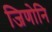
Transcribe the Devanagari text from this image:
जिणोनि